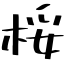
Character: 桵